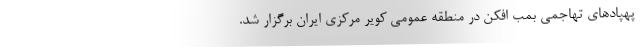
پهپادهای تهاجمی بمب افکن در منطقه عمومی کویر مرکزی ایران برگزار شد.